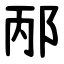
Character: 邴